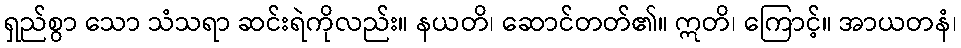
ရှည်စွာ သော သံသရာ ဆင်းရဲကိုလည်း။ နယတိ၊ ဆောင်တတ်၏။ ဣတိ၊ ကြောင့်။ အာယတနံ၊